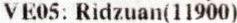
VE05: RIDZUAN(11900)